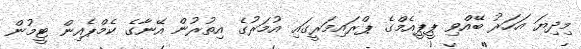
މިދިޔަ އަހަރު ބޭއްވި ޕީޕީއެމްގެ ޕްރައިމަރީގައި އުމަރުގެ އިތުރުން އޭނާގެ ކެމްޕެއިން ޓީމުން